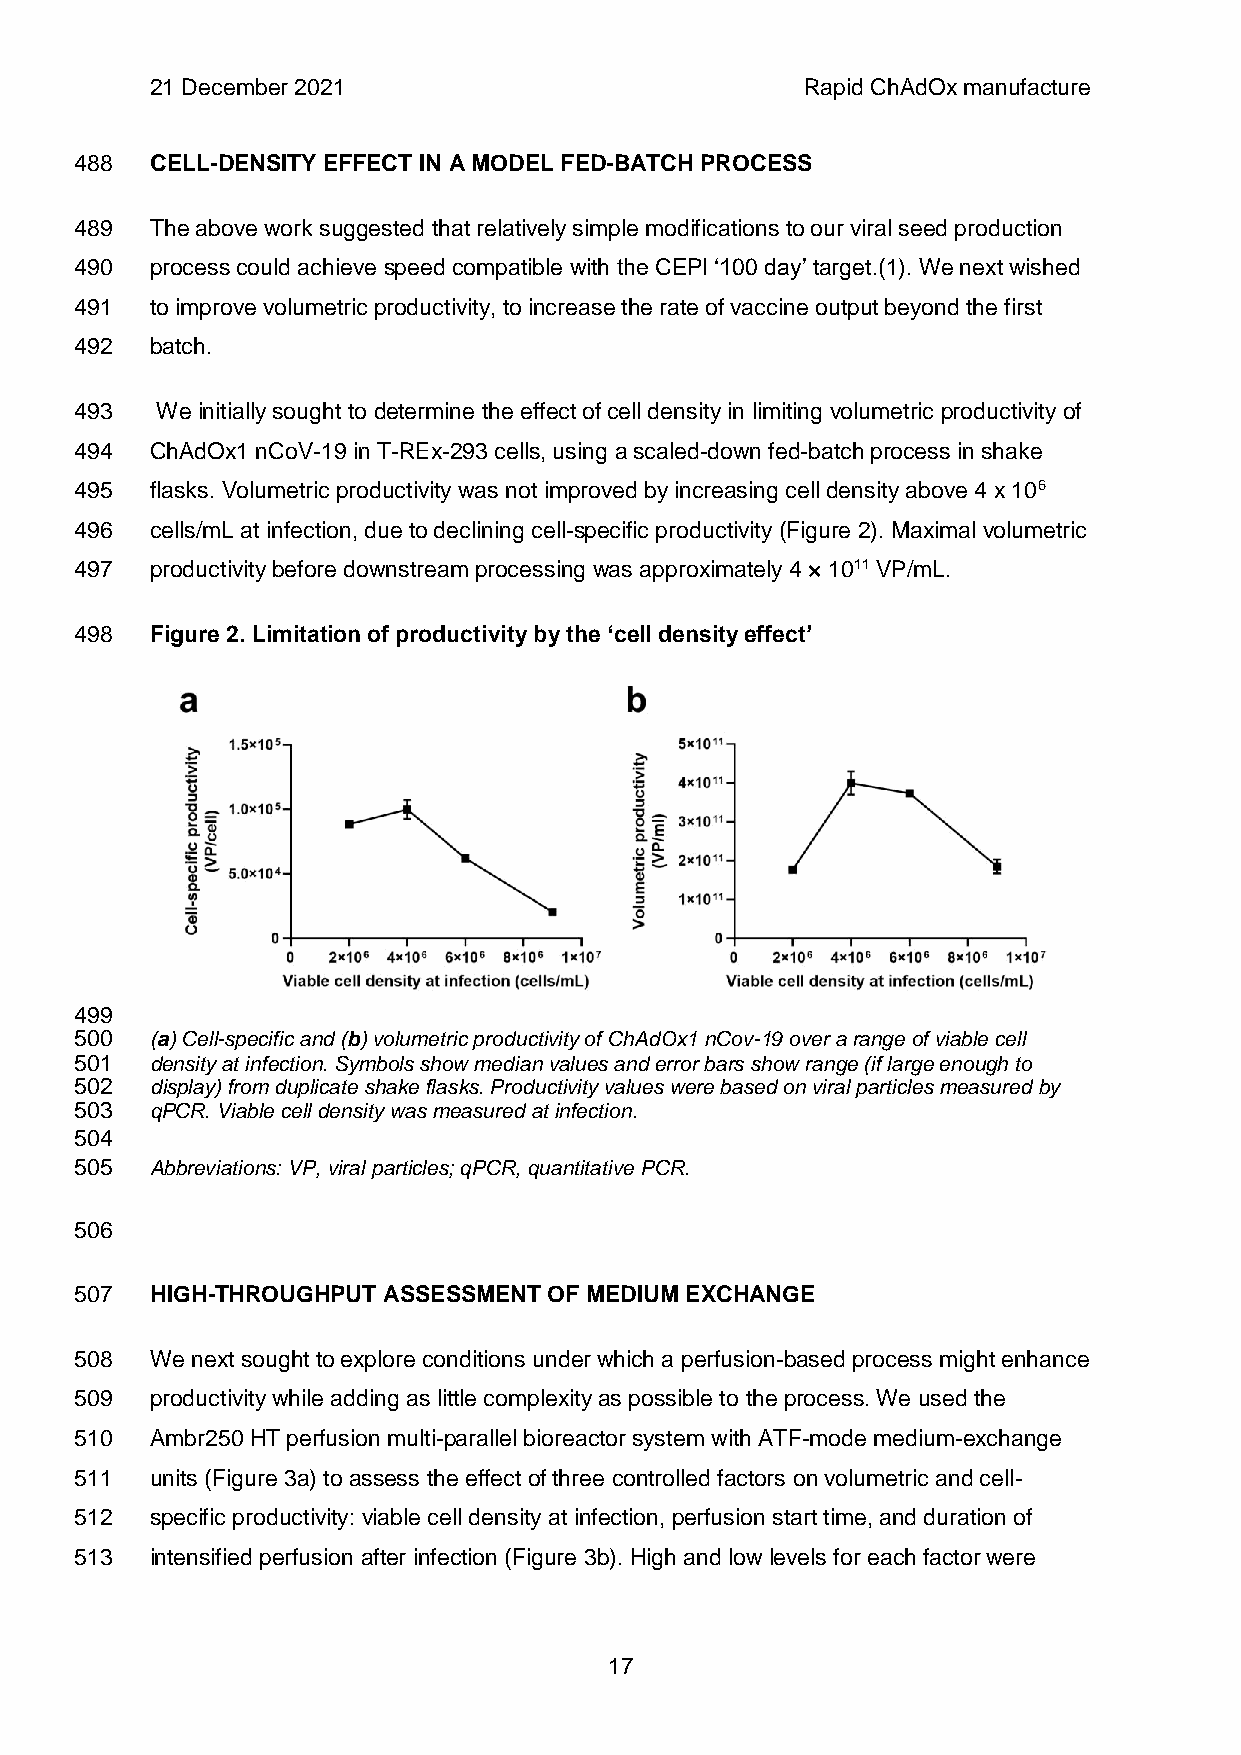
21 December 2021                           Rapid ChAdOx manufacture
 488  CELL-DENSITY EFFECT IN A MODEL FED-BATCH PROCESS
 489  The above work suggested that relatively simple modifications to our viral seed production
 490  process could achieve speed compatible with the CEPI ‘100 day’ target.(1). We next wished
 491  to improve volumetric productivity, to increase the rate of vaccine output beyond the first
 492  batch.
 493  We initially sought to determine the effect of cell density in limiting volumetric productivity of
 494  ChAdOx1 nCoV-19 in T-REx-293 cells, using a scaled-down fed-batch process in shake
 495  flasks. Volumetric productivity was not improved by increasing cell density above 4 x 106
 496  cells/mL at infection, due to declining cell-specific productivity (Figure 2). Maximal volumetric
 497  productivity before downstream processing was approximately 4 × 1011 VP/mL.
 498  Figure 2. Limitation of productivity by the ‘cell density effect’
 499
 500  (a) Cell-specific and (b) volumetric productivity of ChAdOx1 nCov-19 over a range of viable cell
 501  density at infection. Symbols show median values and error bars show range (if large enough to
 502  display) from duplicate shake flasks. Productivity values were based on viral particles measured by
 503  qPCR. Viable cell density was measured at infection.
 504
 505  Abbreviations: VP, viral particles; qPCR, quantitative PCR.
 506
 507  HIGH-THROUGHPUT ASSESSMENT OF MEDIUM EXCHANGE
 508  We next sought to explore conditions under which a perfusion-based process might enhance
 509  productivity while adding as little complexity as possible to the process. We used the
 510  Ambr250 HT perfusion multi-parallel bioreactor system with ATF-mode medium-exchange
 511  units (Figure 3a) to assess the effect of three controlled factors on volumetric and cell-
 512  specific productivity: viable cell density at infection, perfusion start time, and duration of
 513  intensified perfusion after infection (Figure 3b). High and low levels for each factor were
 17